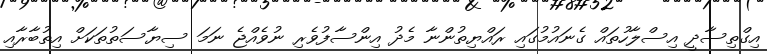
އިގްތިސާދީ އިސްލާހުތައް ގެނައުމުގައި ރައްޔިތުންނާ މެދު އިންސާފުވެރި ނުވެއްޖެ ނަމަ ސިޔާސަތުތަކަށް އިތުބާރާއި